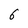
Character: 6